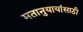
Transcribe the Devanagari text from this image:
मतानुयायांसाठी